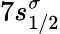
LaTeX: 7s_{1/2}^{\sigma}